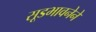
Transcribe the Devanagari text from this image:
सूडभावनेने